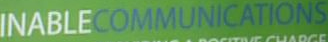
INABLECOMMUNICATIONS